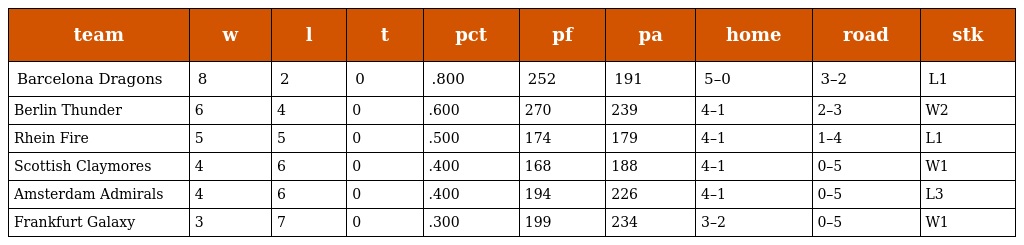
| team | w | l | t | pct | pf | pa | home | road | stk |
 | --- | --- | --- | --- | --- | --- | --- | --- | --- | --- |
 | Barcelona Dragons | 8 | 2 | 0 | .800 | 252 | 191 | 5–0 | 3–2 | L1 |
 | Berlin Thunder | 6 | 4 | 0 | .600 | 270 | 239 | 4–1 | 2–3 | W2 |
 | Rhein Fire | 5 | 5 | 0 | .500 | 174 | 179 | 4–1 | 1–4 | L1 |
 | Scottish Claymores | 4 | 6 | 0 | .400 | 168 | 188 | 4–1 | 0–5 | W1 |
 | Amsterdam Admirals | 4 | 6 | 0 | .400 | 194 | 226 | 4–1 | 0–5 | L3 |
 | Frankfurt Galaxy | 3 | 7 | 0 | .300 | 199 | 234 | 3–2 | 0–5 | W1 |